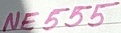
Text: NE555